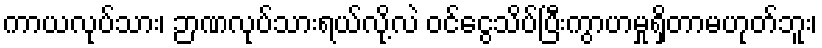
ကာယလုပ်သား၊ ဉာဏလုပ်သားရယ်လို့လဲ ဝင်ငွေသိပ်ပြီးကွာဟမှုရှိတာမဟုတ်ဘူး၊